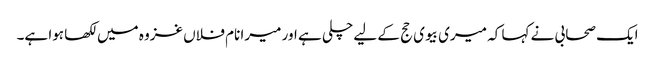
ایک صحابی نے کہا کہ میری بیوی حج کے لیے چلی ہے اور میرا نام فلاں غزوہ میں لکھا ہوا ہے۔